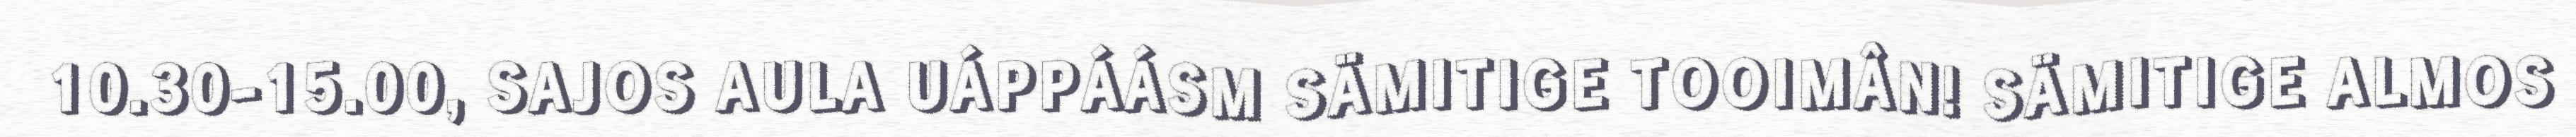
10.30-15.00, SAJOS AULA UÁPPÁÁSM SÄMITIGE TOOIMÂN! SÄMITIGE ALMOS